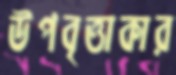
উপবৃত্তাকার